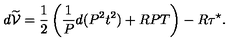
d \widetilde { \cal V } = { \frac { 1 } { 2 } } \left( { \frac { 1 } { P } } d ( P ^ { 2 } t ^ { 2 } ) + R P T \right) - R \tau ^ { \star } .